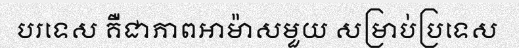
បរទេស គឺជាភាពអាម៉ាសមួយ សម្រាប់ប្រទេស